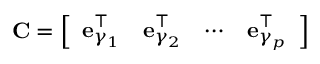
\mathbf { C } = \left[ \begin{array} { l l l l } { \mathbf { e } _ { \gamma _ { 1 } } ^ { \top } } & { \mathbf { e } _ { \gamma _ { 2 } } ^ { \top } } & { \cdots } & { \mathbf { e } _ { \gamma _ { p } } ^ { \top } } \end{array} \right]